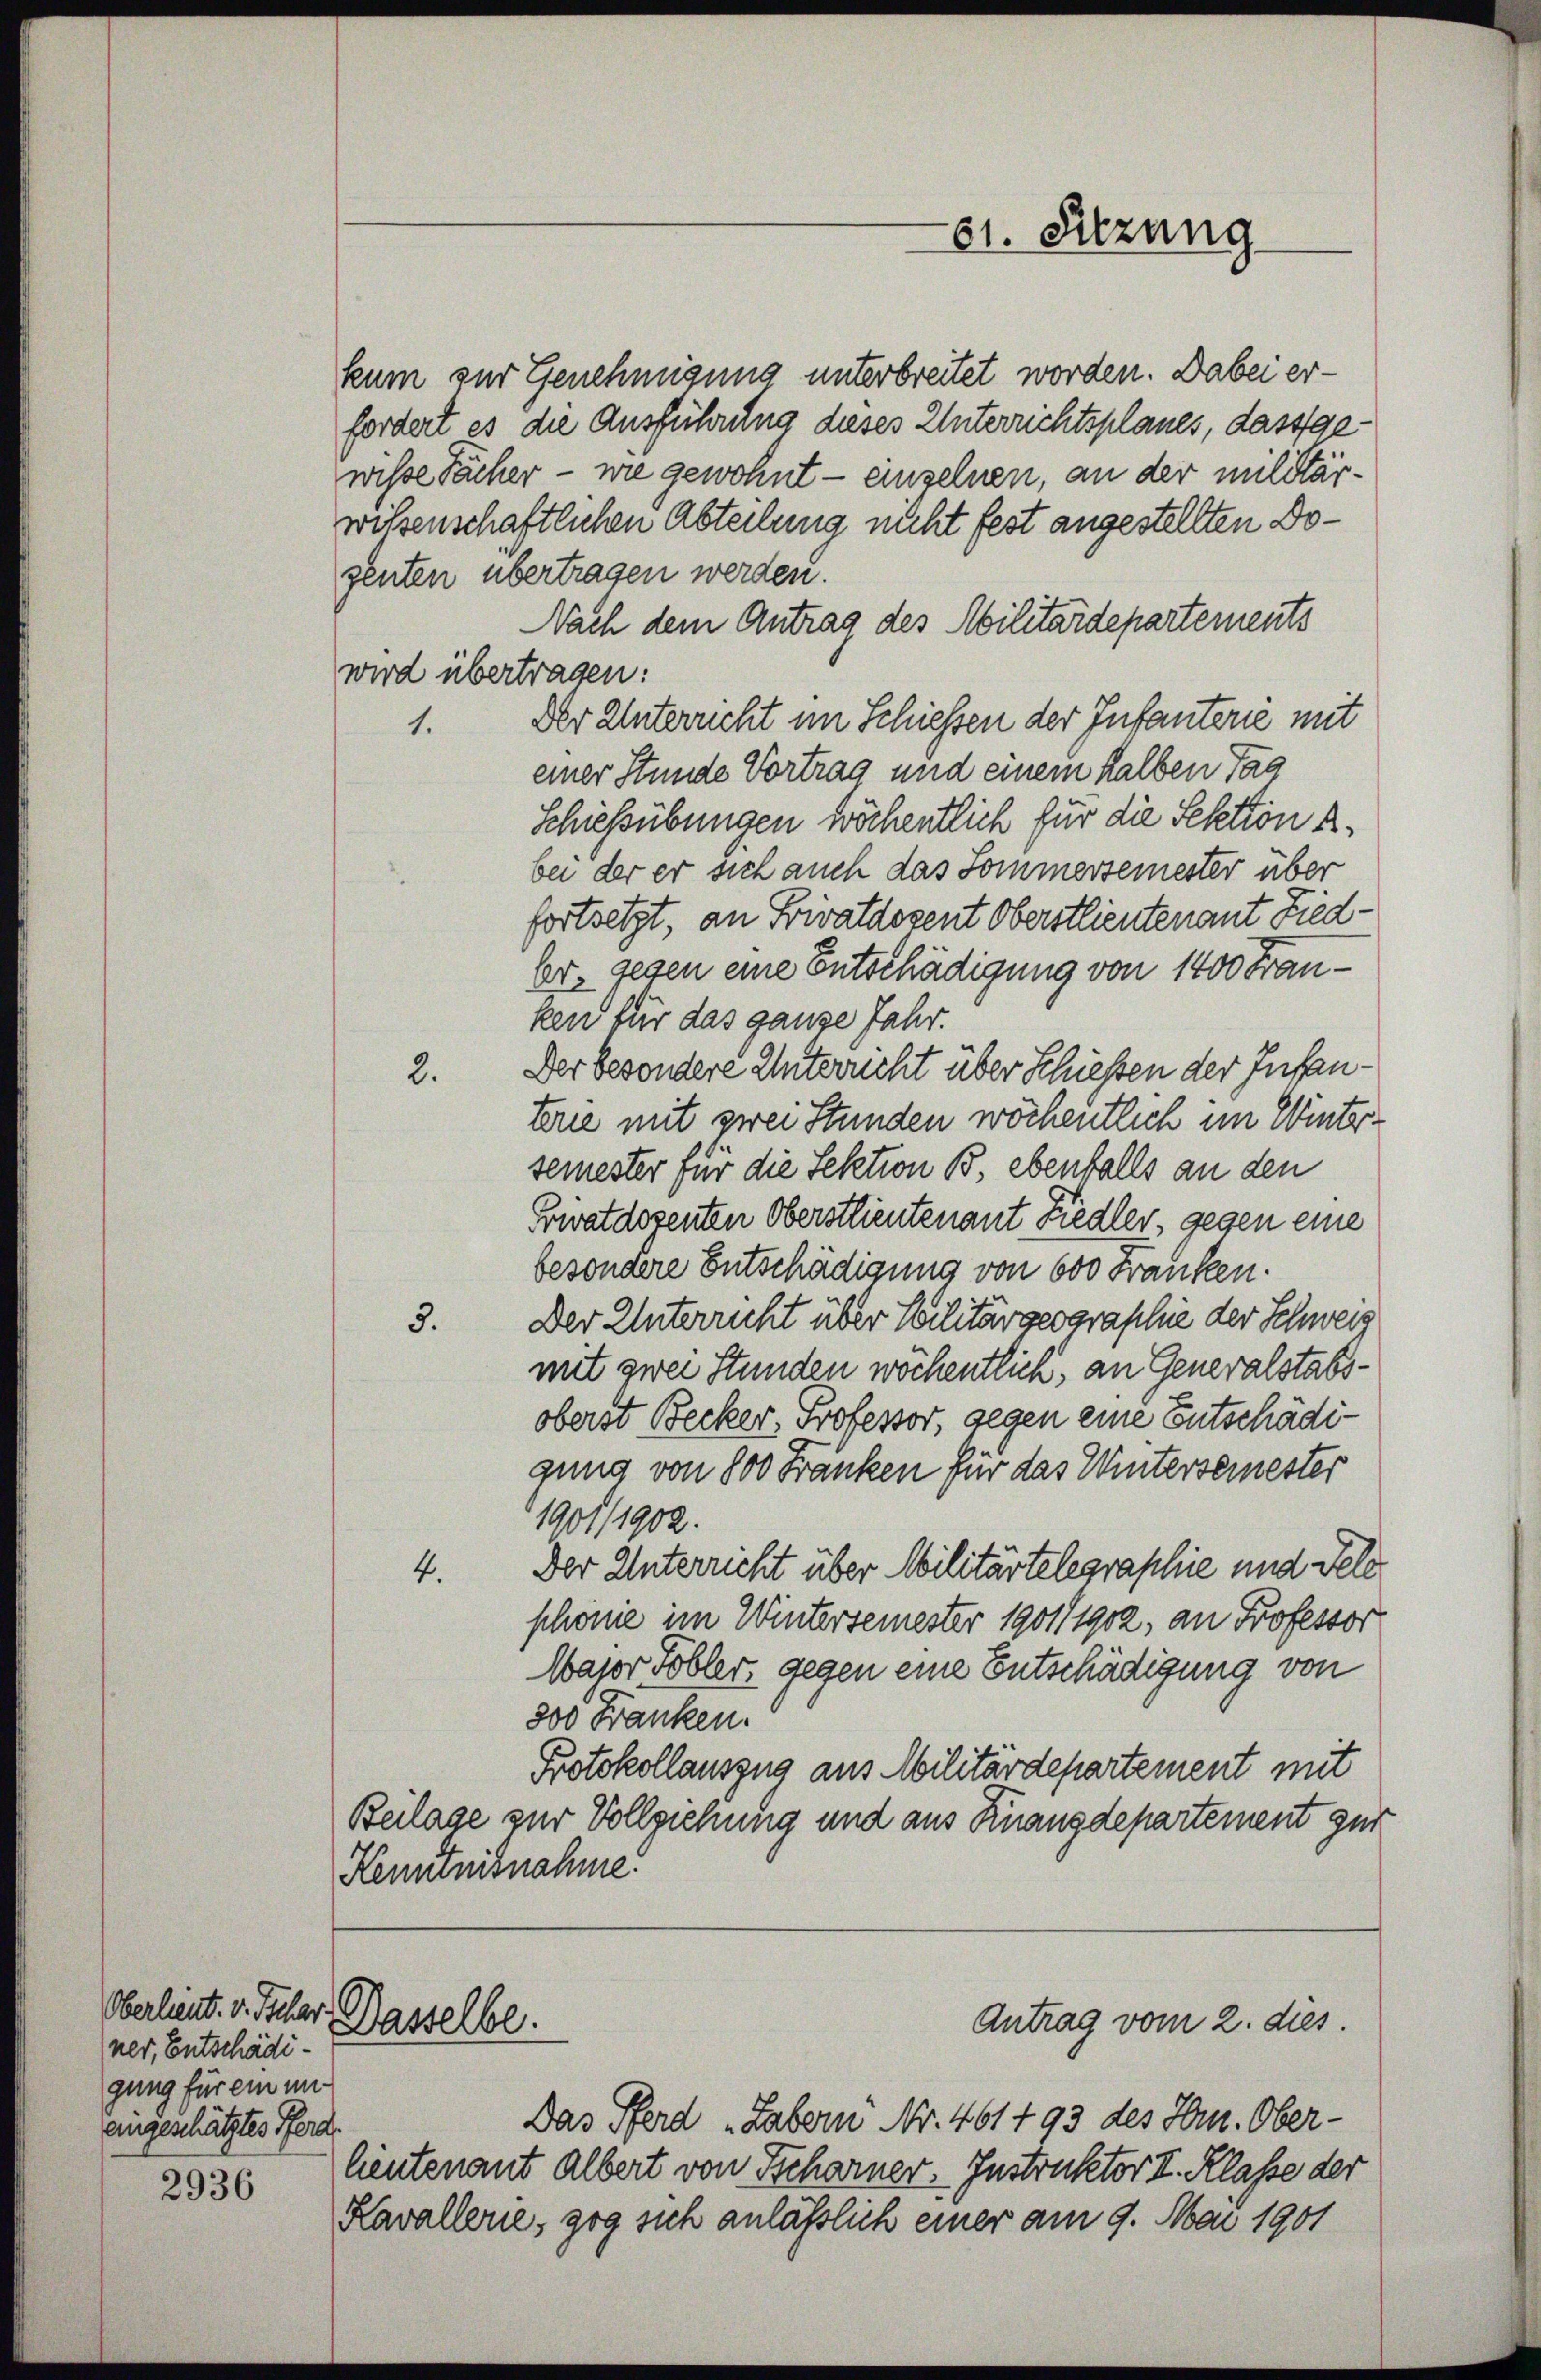
Oberlieut. v. Tschar
ner, Entschädigung für ein uneingeschätztes Pferd
2936

kum zur Genehmigung unterbreitet worden. Dabei erfordert es die Ausführung dieses Unterrichtsplanes, dass gewisse Fächer - wie gewohnt – einzelnen, an der militärwilsenschaftlichen Abteilung nicht fest angestellten Dogenten übertragen werden.
Nach dem Antrag des Militärdepartements
wird übertragen:
Der Unterucht im Schießen der Infanterie mit
1.
einer Stunde Vortrag und einem halben Tag
Schiessübungen wöchentlich für die Sektion k.
bei der er sich auch das Sommersemester über
fortsetzt, an Privatdozent Oberstlieutenant Fied-
br. gegen eine Entschädigung von 1400 Franken für das ganze Jahr.
2. Der besondere Unterricht über Schießen der Infanterie mit zwei Stunden wöchentlich im Wintersemester für die Sektion B., ebenfalls an den
Privatdozenten Oberstlieutenant Liedler, gegen eine
besondere Entschädigung von 600 Franken.
Der Unterricht über Militär geographie der Schweiz
3.
mit zwei Stunden wöchentlich, an Generalstabsoberst Becker, Professor, gegen eine Entschädigung von 800 Franken für das Wintersemester
1901/1902.
Der Unterricht über Militärtelegraphie und Dele
4.
schöne im Wintersemester 1901/1902, an Professor
Masor Tobler, gegen eine Entschädigung von
300 Franken.
Protokollauszug aus Militärdepartement mit
Beilage zur Vollziehung und aus Kinanzdepartement gut
Kenntnisnahme.

Das Pferd "Labern Nr. 461493 des Hrn. Oberlieutenant Albert von Tscharner, Instruktor II. Klasse der
Kavallene, zog sich anlässlich einer am 9. Mai 1901

Dasselbe.

61. Sitzung

Antrag vom 2. dies